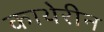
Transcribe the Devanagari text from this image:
काथेरीन